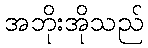
အဘိုးအိုသည်